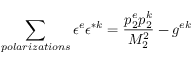
\sum _ { p o l a r i z a t i o n s } \epsilon ^ { e } \epsilon ^ { * k } = \frac { p _ { 2 } ^ { e } p _ { 2 } ^ { k } } { M _ { 2 } ^ { 2 } } - g ^ { e k }